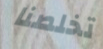
تخلصنا